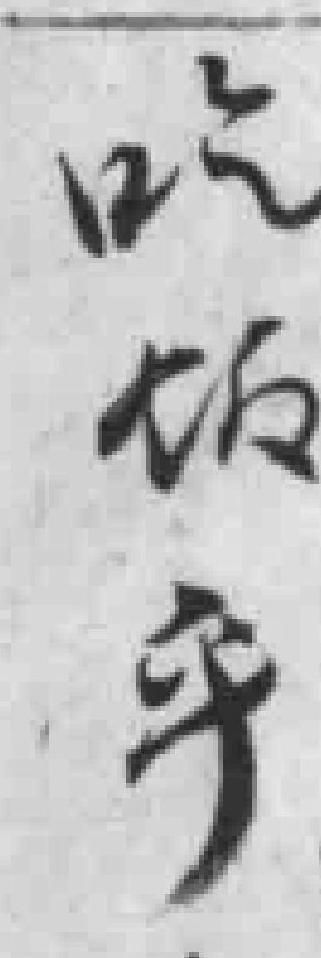
吃饭乎